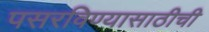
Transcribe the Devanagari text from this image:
पसरविण्यासाठीची